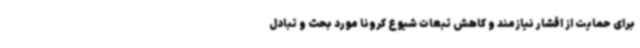
برای حمایت از اقشار نیازمند و کاهش تبعات شیوع کرونا مورد بحث و تبادل